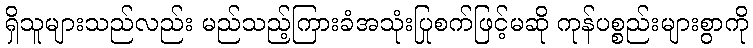
ရှိသူများသည်လည်း မည်သည့်ကြားခံအသုံးပြုစက်ဖြင့်မဆို ကုန်ပစ္စည်းများစွာကို